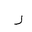
Letter: _ra